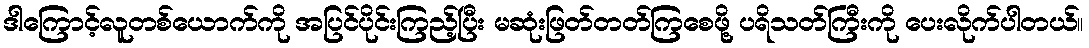
ဒါကြောင့်လူတစ်ယောက်ကို အပြင်ပိုင်းကြည့်ပြီး မဆုံးဖြတ်တတ်ကြစေဖို့ ပရိသတ်ကြီးကို ပေးလိုက်ပါတယ်။